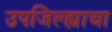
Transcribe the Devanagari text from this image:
उपजिल्ह्याचा